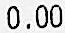
0.00